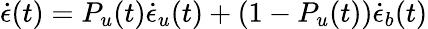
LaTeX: \dot{{\epsilon}}(t)=P_{u}(t)\dot{\epsilon}_{u}(t)+(1-P_{u}(t))\dot{\epsilon}_{b}(t)